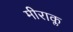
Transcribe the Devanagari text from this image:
मीराक्ल